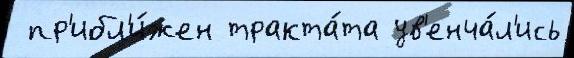
 пр'ибл'и́жен тракта́та ув'енча́л'ись